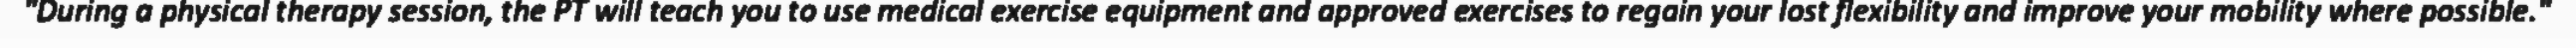
"During a physical therapy session, the PT will teach you to use medical exercise equipment and approved exercises to regain your lost flexibility and improve your mobility where possible."